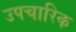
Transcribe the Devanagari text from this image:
उपचारिक